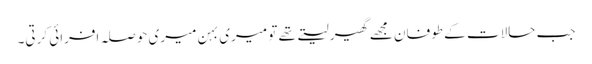
جب حالات کے طوفان مجھے گھیر لیتے تھے تو میری بہن میری حوصلہ افرائی کرتی۔